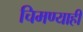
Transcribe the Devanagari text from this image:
चिमण्याही